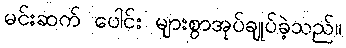
မင်းဆက် ပေါင်း များစွာအုပ်ချုပ်ခဲ့သည်။